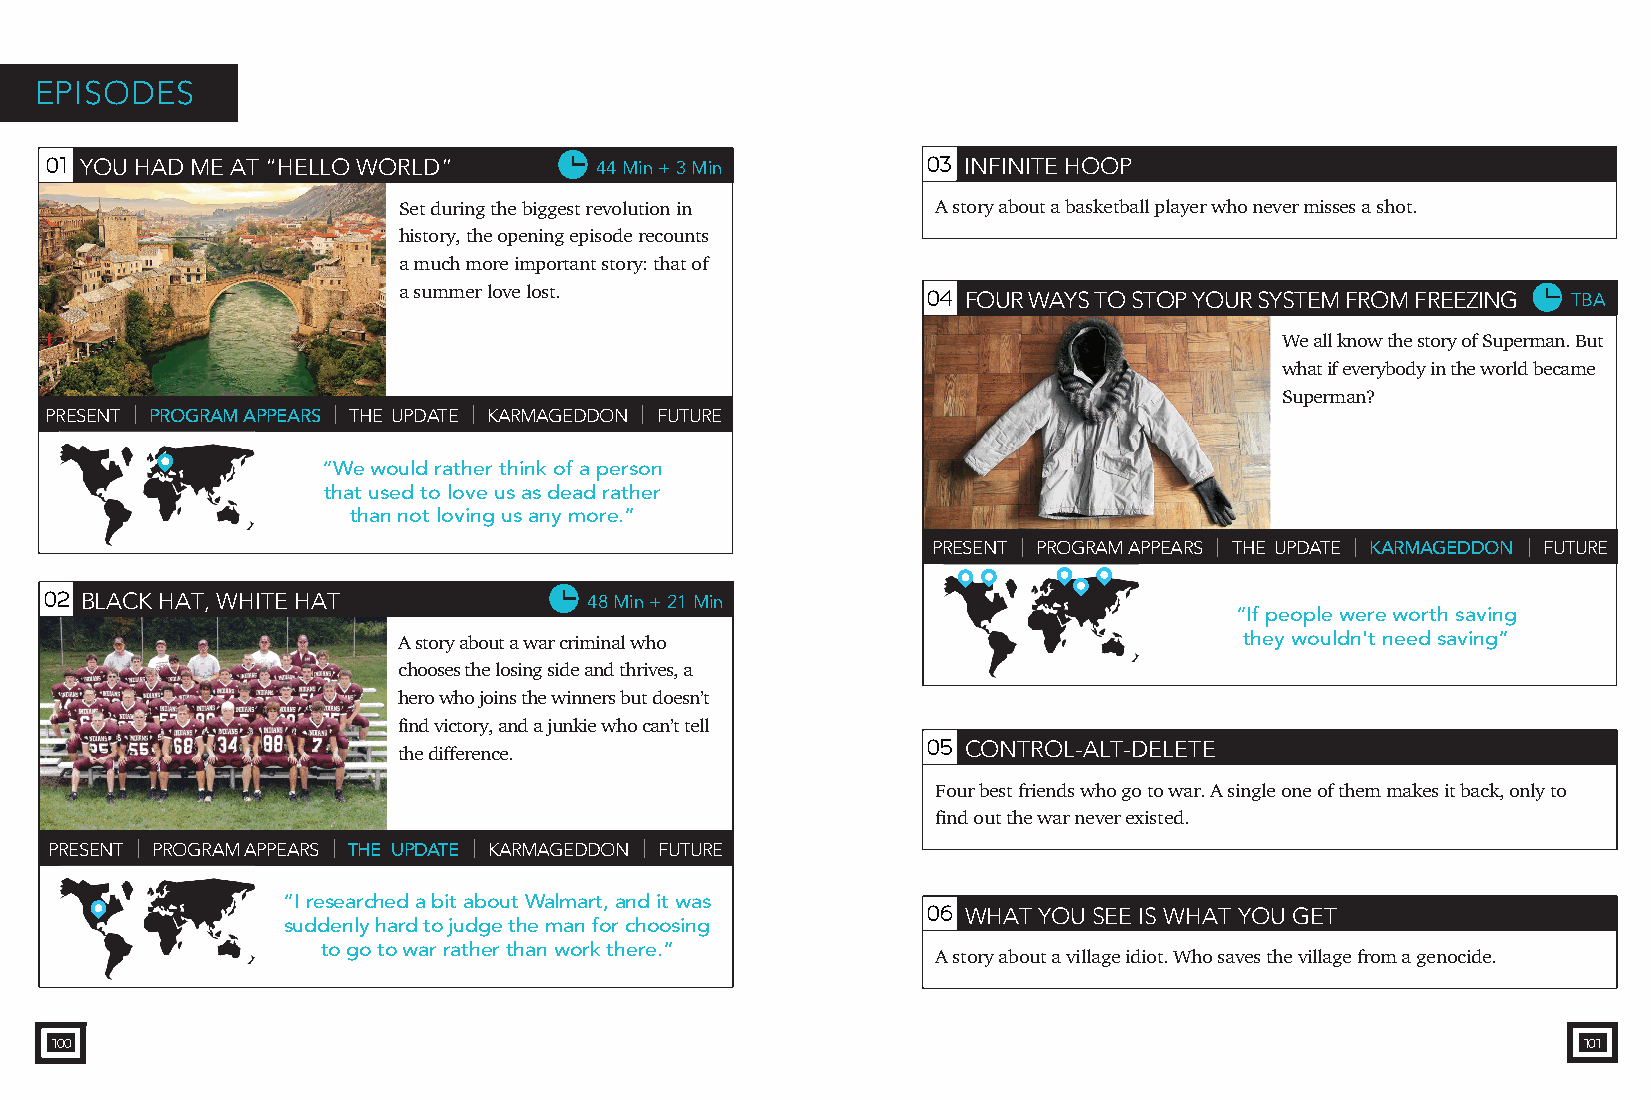
EPISODES
 01 YOU HAD ME AT “HELLO WORLD”      44 Min + 3 Min        03 INFINITE HOOP
 Set during the biggest revolution in A story about a basketball player who never misses a shot.
 history, the opening episode recounts
 a much more important story: that of
 a summer love lost.                04 FOUR WAYS TO STOP YOUR SYSTEM FROM FREEZING TBA
 We all know the story of Superman. But
 what if everybody in the world became
 Superman?
 PRESENT | PROGRAM APPEARS | THE UPDATE | KARMAGEDDON | FUTURE
 “We would ratLhoererm t ihpisnukm of a person
 that used to love us as dead rather
 than not loving us any more.”
 PRESENT | PROGRAM APPEARS | THE UPDATE | KARMAGEDDON | FUTURE
 02 BLACK HAT, WHITE HAT             48 Min + 21 Min                                   Lorem ipsum
 “If people were worth saving
 A story about a war criminal who                        they wouldn't need saving”
 chooses the losing side and thrives, a
 hero who joins the winners but doesn’t
 find victory, and a junkie who can’t tell
 05 CONTROL-ALT-DELETE
 the difference.                                                             TBA
 Four best friends who go to war. A single one of them makes it back, only to
 find out the war never existed.
 PRESENT | PROGRAM APPEARS | THE UPDATE | KARMAGEDDON | FUTURE
 “I researched a bit Laobreomu itp sWumalmart, and it was
 06 WHAT YOU SEE IS WHAT YOU GET
 suddenly hard to judge the man for choosing                                        TBA
 to go to war rather than work there.”
 A story about a village idiot. Who saves the village from a genocide.
 100                                                                                                   101